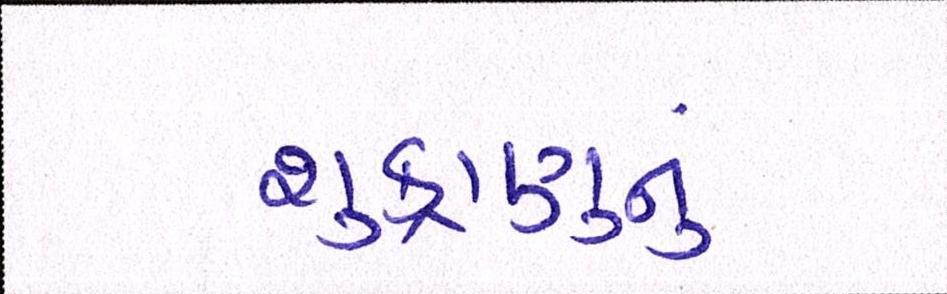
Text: શુક્રાણુનું